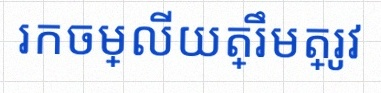
រកចម្លើយត្រឹមត្រូវ